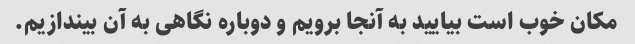
مکان خوب است بیایید به آنجا برویم و دوباره نگاهی به آن بیندازیم.